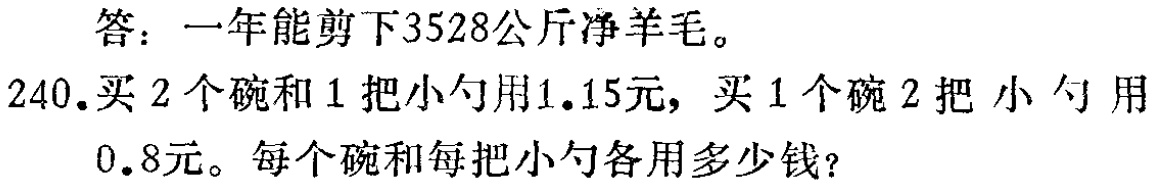
答：一年能剪下3528公斤净羊毛。
240.买2个碗和1把小勺用1.15元，买1个碗2把小勺用0.8元。每个碗和每把小勺各用多少钱？